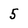
Character: 5